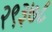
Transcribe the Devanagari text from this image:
२९३७८